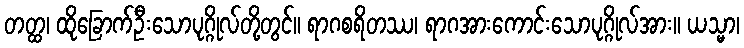
တတ္ထ၊ ထိုခြောက်ဦးသောပုဂ္ဂိုလ်တို့တွင်။ ရာဂစရိတဿ၊ ရာဂအားကောင်းသောပုဂ္ဂိုလ်အား။ ယသ္မာ၊